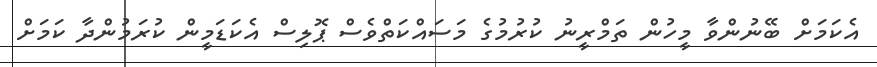
އެކަމަށް ބޭނުންވާ މީހުން ތަމްރީނު ކުރުމުގެ މަސައްކަތްވެސް ޕޮލިސް އެކަޑަމީން ކުރަމުންދާ ކަމަށް